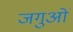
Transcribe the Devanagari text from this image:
जगुओं